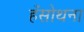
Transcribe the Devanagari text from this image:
हँसोथना